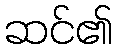
ဆင်၏